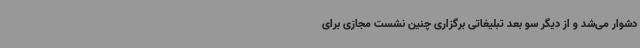
دشوار می‌شد و از دیگر سو بعد تبلیغاتی برگزاری چنین نشست مجازی برای